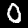
Digit: 0